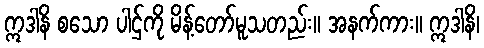
ဣဒါနိ စသော ပါဌ်ကို မိန့်တော်မူသတည်း။ အနက်ကား။ ဣဒါနိ၊